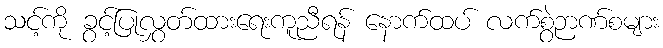
သင့်ကို ခွင့်ပြုလွှတ်ထားရေးကူညီရန် နောက်ထပ် လက်စွဲဉာဏ်စများ